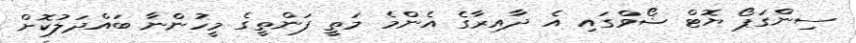
ސިންގަޕޯ ޔޮޓް ޝޯވްގައި އެ ދާއިރާގެ އެންމެ މަތީ ފަންތީގެ މީހުންނާ ބައްދަލުކޮށް